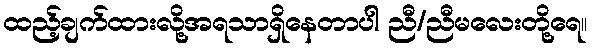
ထည့်ချက်ထားလို့အရသာရှိနေတာပါ ညီ/ညီမလေးတို့ရေ။